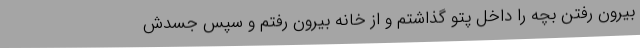
بیرون رفتن بچه را داخل پتو گذاشتم و از خانه بیرون رفتم و سپس جسدش